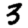
Digit: 3